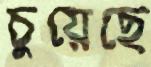
চুয়েছে